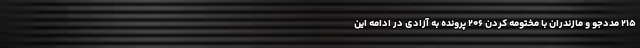
۲۱۵ مددجو و مازندران با مختومه کردن ۲۰۶ پرونده به آزادی در ادامه این